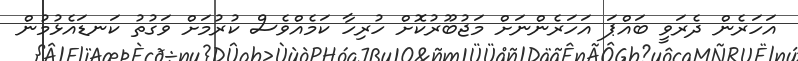
އަހަރެން ދެރަވީ ބައްޕަ އަހަރެންނަށް މަޖުބޫރުކޮށް ހުރިހާ ކަމެއްވެސް ކުރުމަށް ވަގުތު ކަނޑައެޅުމުން